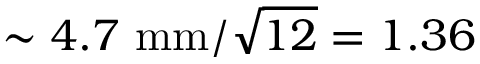
\sim 4 . 7 \ \mathrm { m m } / \sqrt { 1 2 } = 1 . 3 6